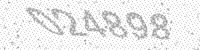
Solution: 024898